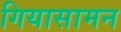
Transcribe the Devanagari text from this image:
गियासामन